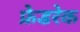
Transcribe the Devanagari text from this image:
फ्रेडरेक